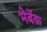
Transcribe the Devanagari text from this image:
मेबॅक